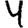
Digit: 4